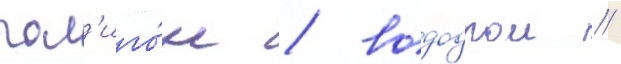
пол'иго́н / вододром /